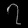
Digit: ၇